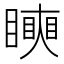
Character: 𥋢